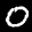
Label: 0